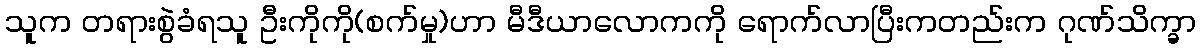
သူက တရားစွဲခံရသူ ဦးကိုကို(စက်မှု)ဟာ မီဒီယာလောကကို ရောက်လာပြီးကတည်းက ဂုဏ်သိက္ခာ